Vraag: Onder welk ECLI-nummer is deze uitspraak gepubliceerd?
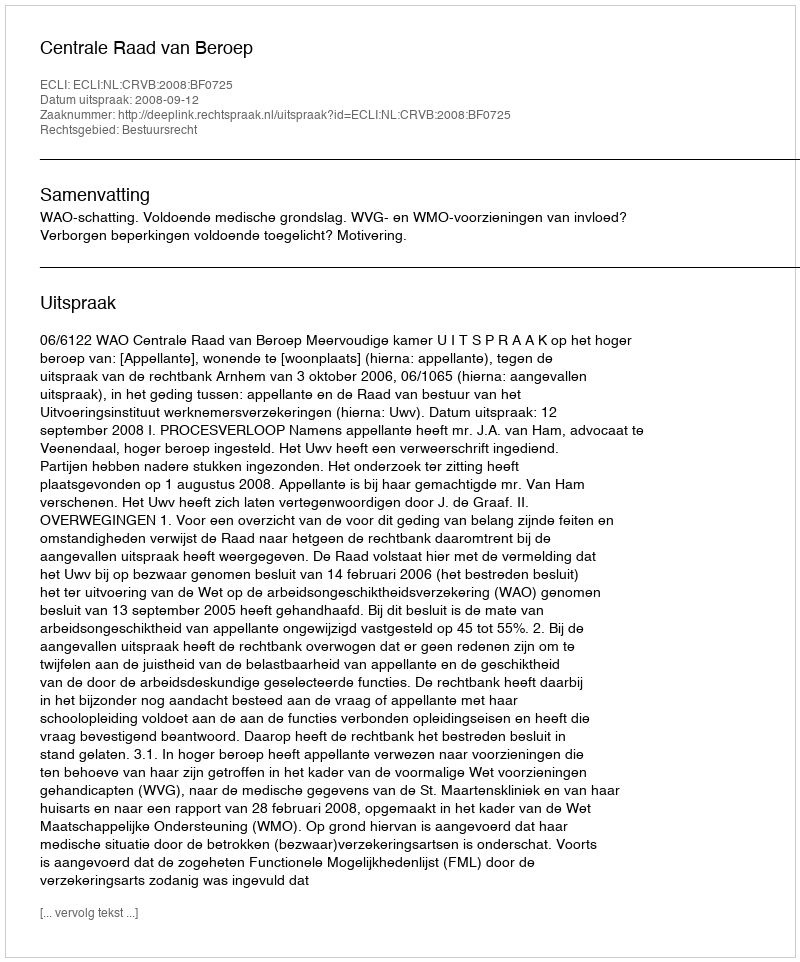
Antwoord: ECLI:NL:CRVB:2008:BF0725